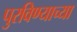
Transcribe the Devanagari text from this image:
पुरविण्याच्या